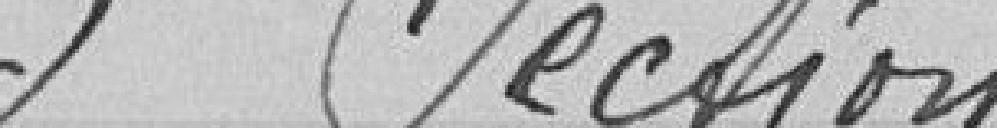
3ème Sectuib